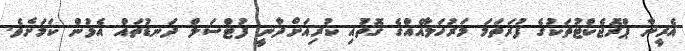
އެރީނާ ޕްރޮޖެކްޓުތަކުގެ ފުރަތަމަ މަރުހަލާއެއްގެ ގޮތުައި ކުރިއަށްދާނީ ފުޓްސަލް ދަނޑުތައް އެޅުން ކަމަށެވެ.